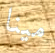
مينا